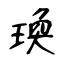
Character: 瑍